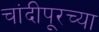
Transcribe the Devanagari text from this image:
चांदीपूरच्या